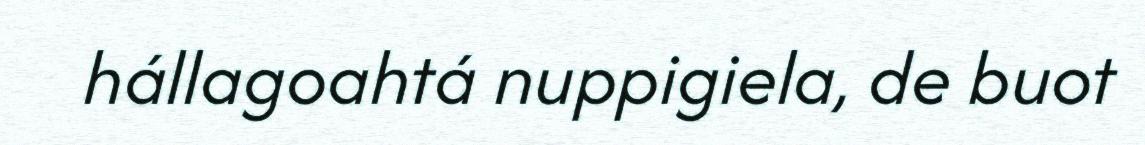
hállagoahtá nuppigiela, de buot